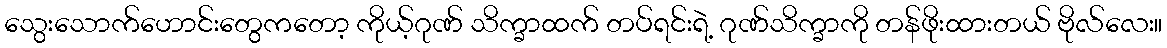
သွေးသောက်ဟောင်းတွေကတော့ ကိုယ့်ဂုဏ် သိက္ခာထက် တပ်ရင်းရဲ့ ဂုဏ်သိက္ခာကို တန်ဖိုးထားတယ် ဗိုလ်လေး။